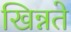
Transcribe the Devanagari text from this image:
खिन्नते